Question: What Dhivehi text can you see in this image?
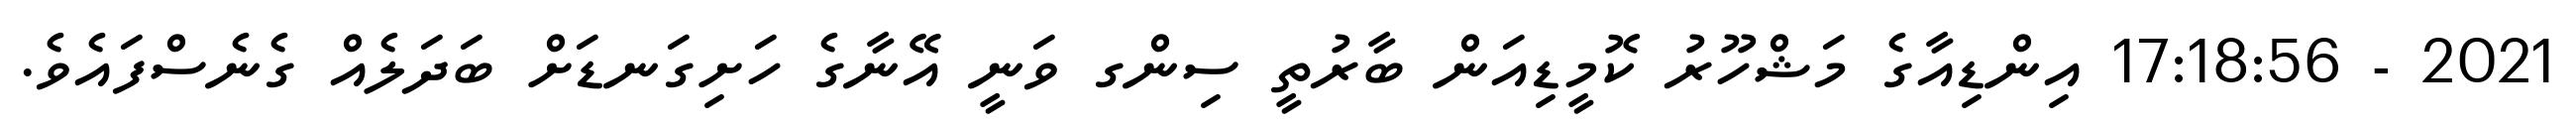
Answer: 2021 - 17:18:56 އިންޑިއާގެ މަޝްހޫރު ކޮމީޑިއަން ބާރުތީ ސިންގ ވަނީ އޭނާގެ ހަށިގަނޑަށް ބަދަލެއް ގެނެސްފައެވެ.